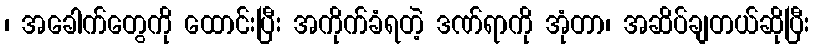
၊ အခေါက်တွေကို ထောင်းပြီး အကိုက်ခံရတဲ့ ဒဏ်ရာကို အုံတာ၊ အဆိပ်ချတယ်ဆိုပြီး